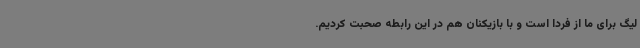
لیگ برای ما از فردا است و با بازیکنان هم در این رابطه صحبت کردیم.